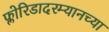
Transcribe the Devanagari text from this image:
फ्लोरिडादरम्यानच्या